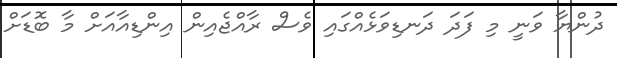
ދުންޔާ ވަނީ މި ފަދަ ދަނޑިވަޅެއްގައި ވެސް ރާއްޖެއިން އިންޑިއާއަށް މާ ބޮޑަށް